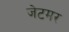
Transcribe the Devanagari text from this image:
जेटमर